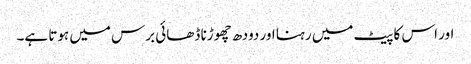
اور اس کا پیٹ میں رہنا اور دودھ چھوڑنا ڈھائی برس میں ہوتا ہے۔